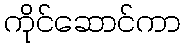
ကိုင်ဆောင်ကာ